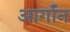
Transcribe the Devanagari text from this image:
आर्गॉन